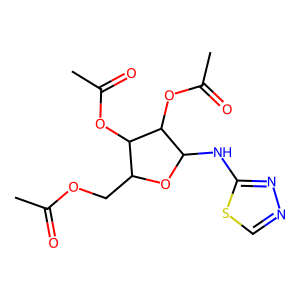
SMILES: CC(=O)OCC1OC(Nc2nncs2)C(OC(C)=O)C1OC(C)=O
Inhibits HIV replication: No